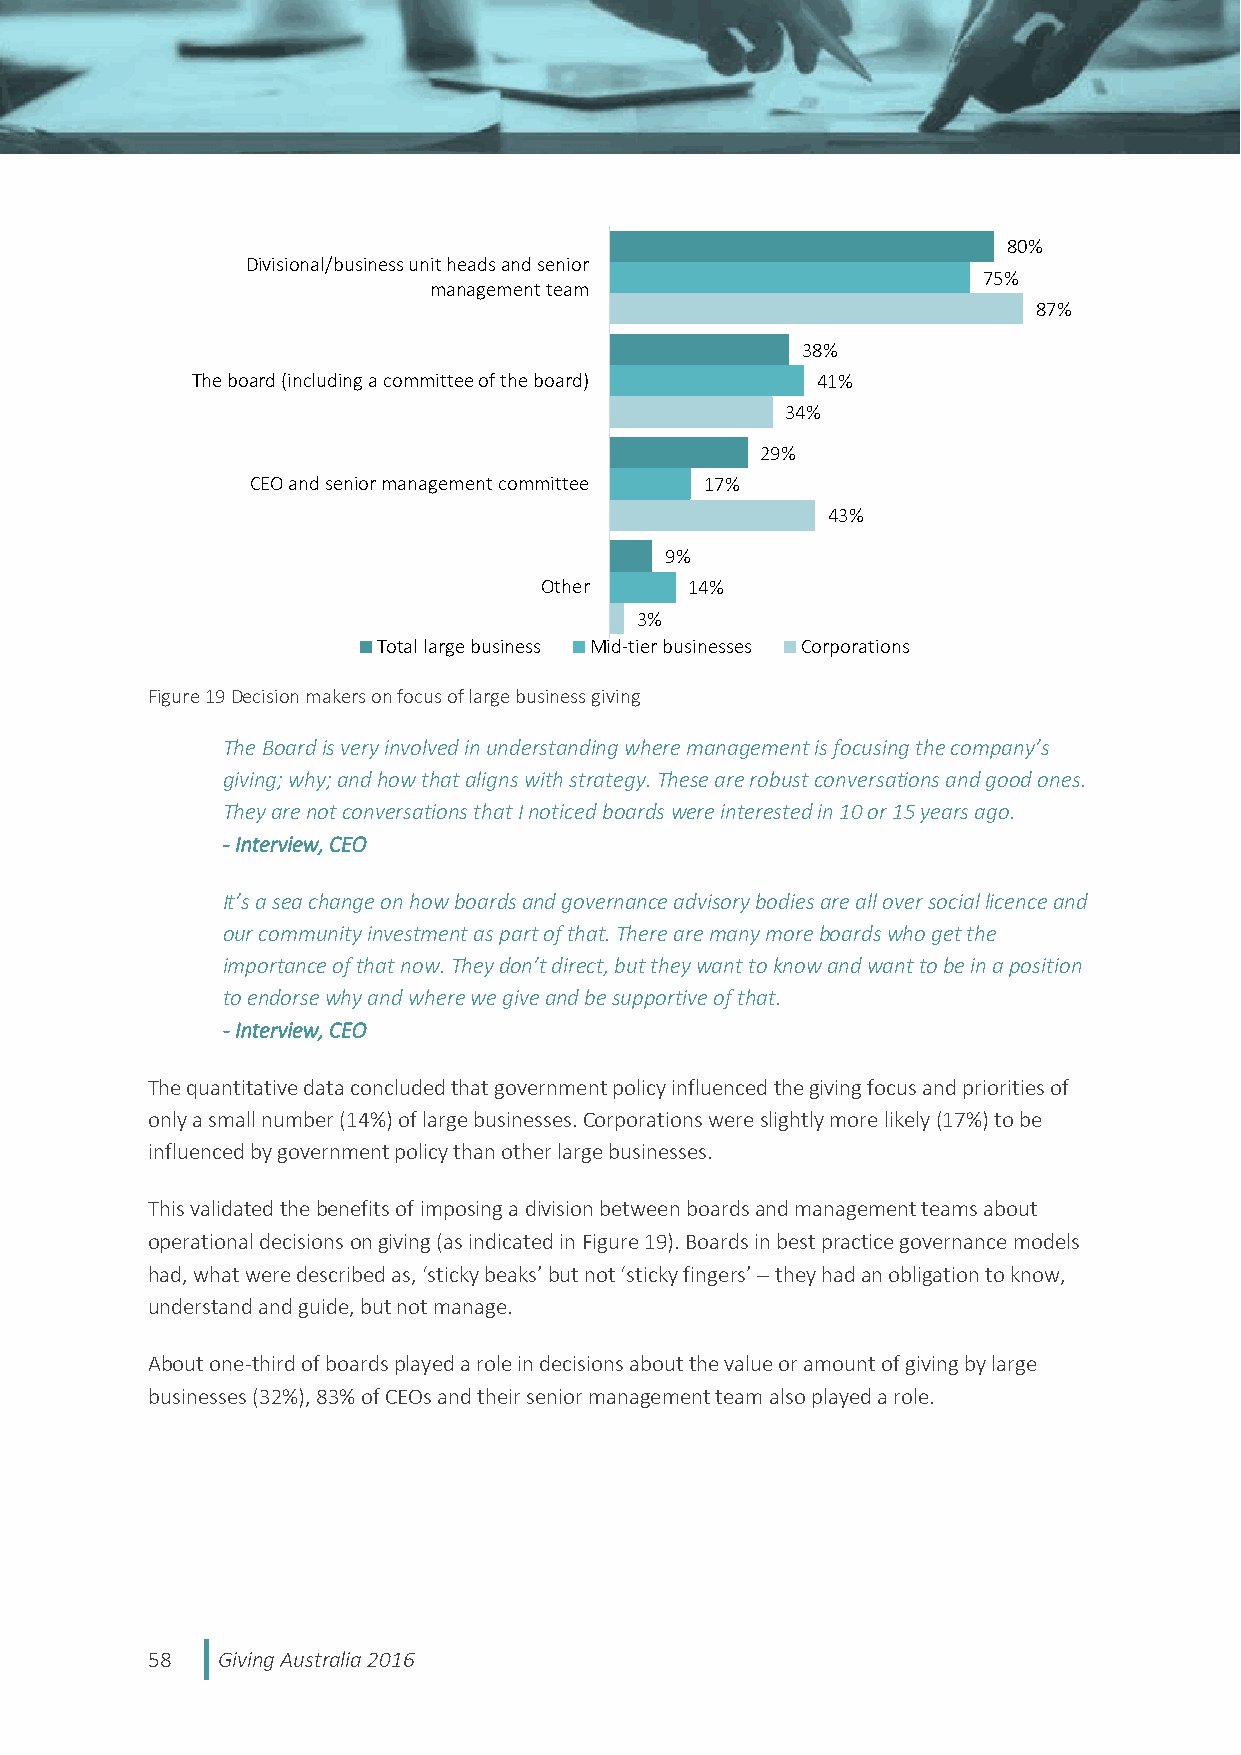
80%
 Divisional/business unit heads and senior
 75%
 management team
 87%
 38%
 The board (including a committee of the board) 41%
 34%
 29%
 CEO and senior management committee 17%
 43%
 9%
 Other     14%
 3%
 Total large business Mid-tier businesses Corporations
 Figure 19 Decision makers on focus of large business giving
 The Board is very involved in understanding where management is focusing the company’s
 giving; why; and how that aligns with strategy. These are robust conversations and good ones.
 They are not conversations that I noticed boards were interested in 10 or 15 years ago.
 - Interview, CEO
 It’s a sea change on how boards and governance advisory bodies are all over social licence and
 our community investment as part of that. There are many more boards who get the
 importance of that now. They don’t direct, but they want to know and want to be in a position
 to endorse why and where we give and be supportive of that.
 - Interview, CEO
 The quantitative data concluded that government policy influenced the giving focus and priorities of
 only a small number (14%) of large businesses. Corporations were slightly more likely (17%) to be
 influenced by government policy than other large businesses.
 This validated the benefits of imposing a division between boards and management teams about
 operational decisions on giving (as indicated in Figure 19). Boards in best practice governance models
 had, what were described as, ‘sticky beaks’ but not ‘sticky fingers’  they had an obligation to know,
 understand and guide, but not manage.
 About one-third of boards played a role in decisions about the value or amount of giving by large
 businesses (32%), 83% of CEOs and their senior management team also played a role.
 58  Giving Australia 2016